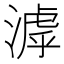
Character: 滹